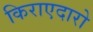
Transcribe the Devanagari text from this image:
किराएदारो